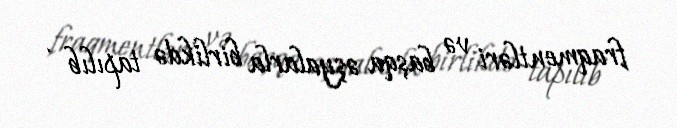
fraqmentləri və başqa əşyalarla birlikdə tapılıb .